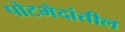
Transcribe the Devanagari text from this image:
पोटभेदांतील